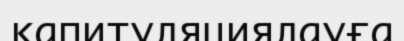
капитуляциялауға